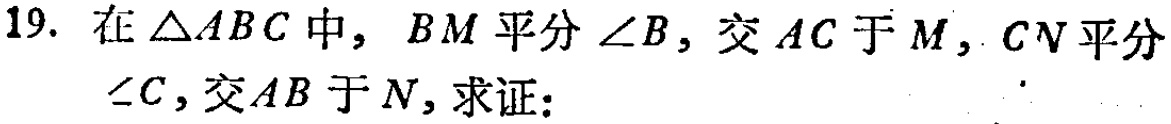
19. 在\(\triangle ABC\)中，\(BM\)平分\(\angle B\)，交\(AC\)于\(M\)，\(CN\)平分\(\angle C\)，交\(AB\)于\(N\)，求证：